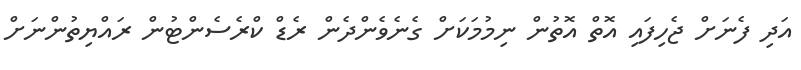
އަދި ފެނަށް ޖެހިފައި އޮތް އޮތުން ނިމުމަކަށް ގެނެވެންދެން ރެޑް ކްރެސެންޓުން ރައްޔިތުންނަށް